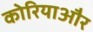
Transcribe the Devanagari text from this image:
कोरियाऔर